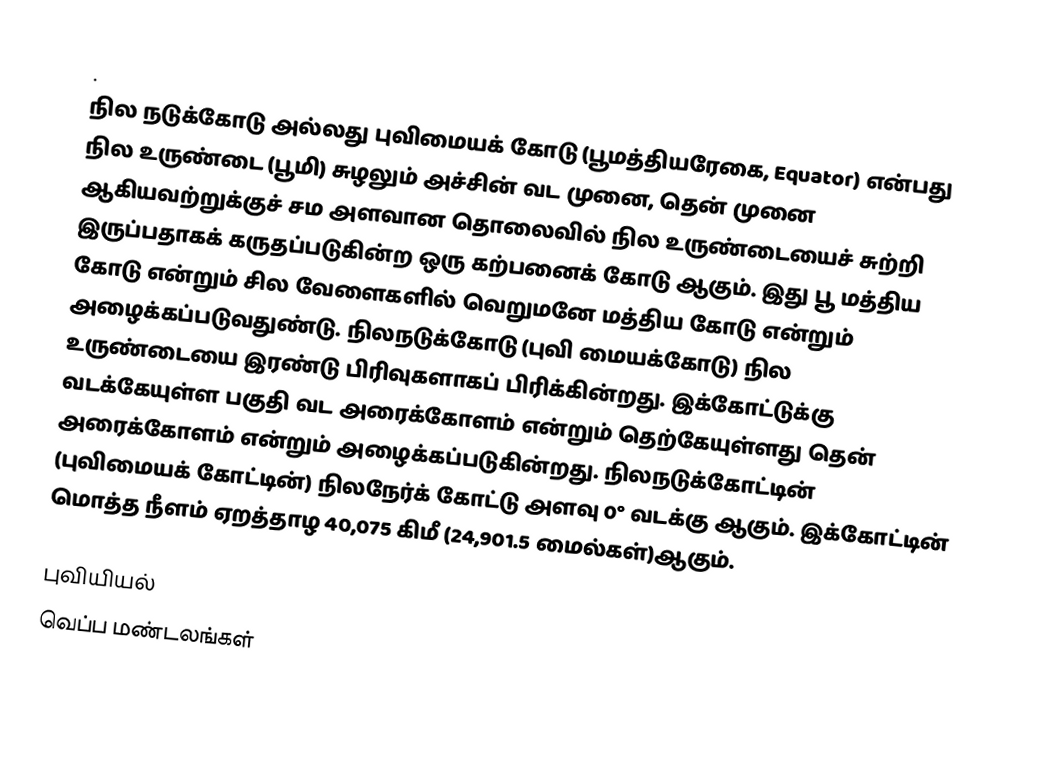
.
நில நடுக்கோடு அல்லது புவிமையக் கோடு (பூமத்தியரேகை, Equator) என்பது நில உருண்டை (பூமி) சுழலும் அச்சின் வட முனை, தென் முனை ஆகியவற்றுக்குச் சம அளவான தொலைவில் நில உருண்டையைச் சுற்றி இருப்பதாகக் கருதப்படுகின்ற ஒரு கற்பனைக் கோடு ஆகும். இது பூ மத்திய கோடு என்றும் சில வேளைகளில் வெறுமனே மத்திய கோடு என்றும் அழைக்கப்படுவதுண்டு. நிலநடுக்கோடு (புவி மையக்கோடு) நில உருண்டையை இரண்டு பிரிவுகளாகப் பிரிக்கின்றது. இக்கோட்டுக்கு வடக்கேயுள்ள பகுதி வட அரைக்கோளம் என்றும் தெற்கேயுள்ளது தென் அரைக்கோளம் என்றும் அழைக்கப்படுகின்றது. நிலநடுக்கோட்டின் (புவிமையக் கோட்டின்) நிலநேர்க் கோட்டு அளவு 0° வடக்கு ஆகும். இக்கோட்டின் மொத்த நீளம் ஏறத்தாழ 40,075 கிமீ (24,901.5 மைல்கள்)ஆகும்.

புவியியல்
வெப்ப மண்டலங்கள்